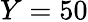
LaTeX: Y=50